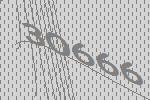
30666